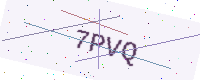
Text: 7PVQ